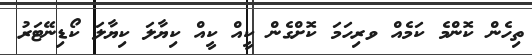
ތިހެން ކޮންމެ ކަމެއް ވރިހަމަ ކޮށްގެން ކީއް ކީއް ކިޔާލަ ކިޔާލަ ކޯޑިނޭޓަރު